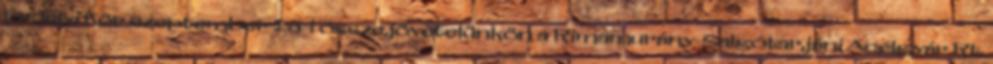
Erdélyi Kör szeptember 25-i összejövetelünkön a Rimamurány-Salgótarjáni Acélgyár Rt.